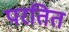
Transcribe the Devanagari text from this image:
परतित